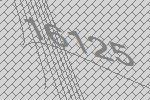
16125